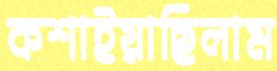
কশাইয়াছিলাম